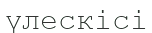
үлескісі